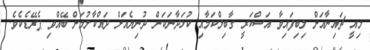
މިއީ ޗައިނާއަށް ލިބިފައިވާ އަސްކަރީ ގާބިލްކަމާއި ކުޅަދާނަކަން ދުނިޔެއަށް ދައްކާލުމަށް ބޭއްވި ޕެރޭޑެކެވެ.